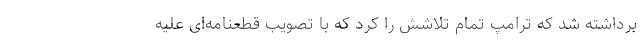
برداشته شد که ترامپ تمام تلاشش را کرد که با تصویب قطعنامه‌ای علیه